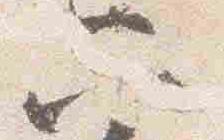
六